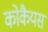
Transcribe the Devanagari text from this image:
कोकैयस